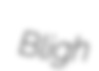
Bligh